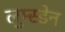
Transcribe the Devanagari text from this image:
लुम्स्डेन